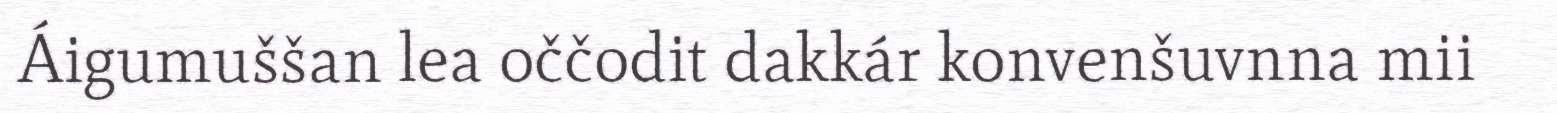
Áigumuššan lea oččodit dakkár konvenšuvnna mii